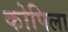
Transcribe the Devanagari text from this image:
कोपिला